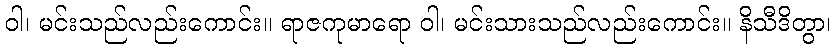
ဝါ၊ မင်းသည်လည်းကောင်း။ ရာဇကုမာရော ဝါ၊ မင်းသားသည်လည်းကောင်း။ နိသီဒိတွာ၊